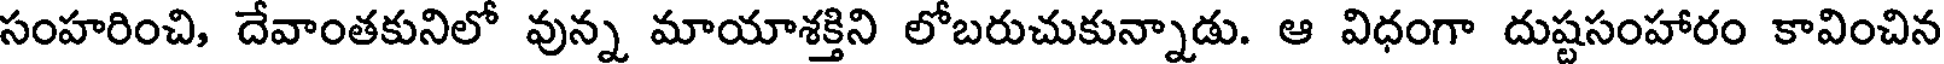
సంహరించి, దేవాంతకునిలో వున్న మాయాశక్తిని లోబరుచుకున్నాడు. ఆ విధంగా దుష్టసంహారం కావించిన